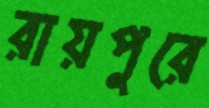
রায়পুরে